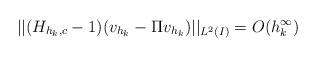
LaTeX: \begin{align*} ||(H_{h_k,c} - 1)(v_{h_k} - \Pi v_{h_k})||_{L^2(I)} = O(h_k^\infty)\end{align*}